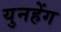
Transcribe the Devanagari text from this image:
युनहेंग